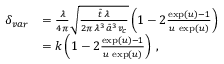
\begin{array} { r l } { \delta _ { v a r } } & { = \frac { \lambda } { 4 \pi } \sqrt { \frac { \tilde { t } \, \lambda } { 2 \pi \, \lambda ^ { 3 } \, \tilde { a } ^ { 3 } v _ { c } } } \left( 1 - 2 \frac { \exp ( u ) - 1 } { u \, \exp ( u ) } \right) } \\ & { = k \left( 1 - 2 \frac { \exp ( u ) - 1 } { u \, \exp ( u ) } \right) \, , } \end{array}